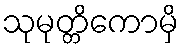
သုမုတ္တိကောမှိ